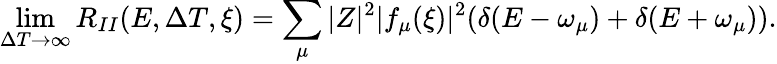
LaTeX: \operatorname*{lim}_{\Delta T\rightarrow\infty}R_{II}(E,\Delta T,\xi)=\sum_{\mu}|Z|^{2}|f_{\mu}(\xi)|^{2}(\delta(E-\omega_{\mu})+\delta(E+\omega_{\mu})).